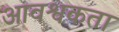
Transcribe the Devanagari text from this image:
आवश्वकता